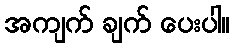
အကျက် ချက် ပေးပါ။